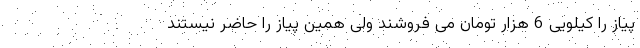
پیاز را کیلویی 6 هزار تومان می فروشند ولی همین پیاز را حاضر نیستند